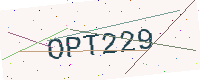
Text: OPT229